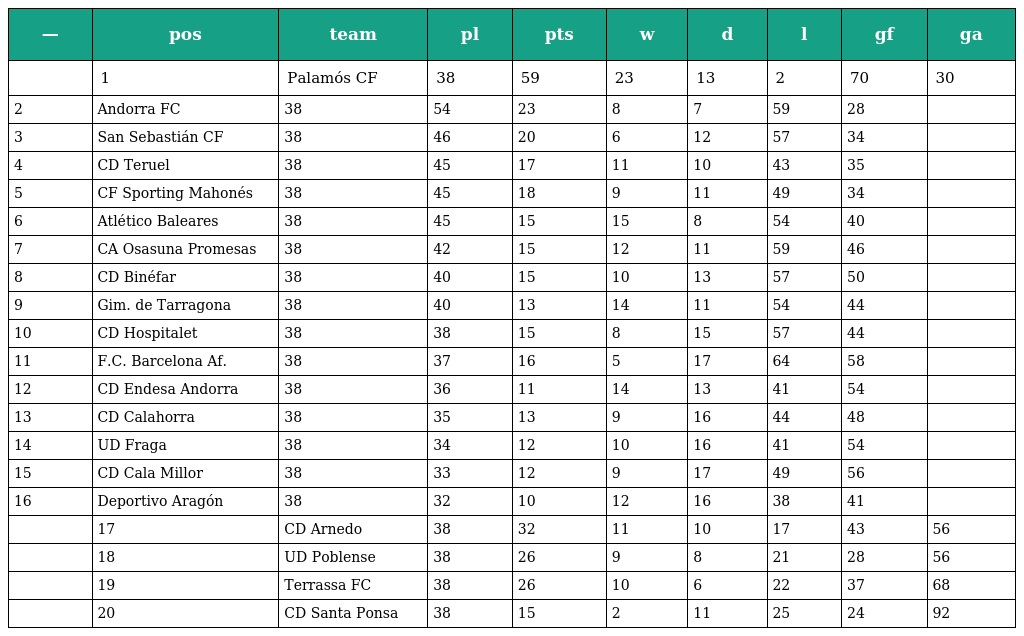
| — | pos | team | pl | pts | w | d | l | gf | ga |
 | --- | --- | --- | --- | --- | --- | --- | --- | --- | --- |
 |  | 1 | Palamós CF | 38 | 59 | 23 | 13 | 2 | 70 | 30 |
 | 2 | Andorra FC | 38 | 54 | 23 | 8 | 7 | 59 | 28 |  |
 | 3 | San Sebastián CF | 38 | 46 | 20 | 6 | 12 | 57 | 34 |  |
 | 4 | CD Teruel | 38 | 45 | 17 | 11 | 10 | 43 | 35 |  |
 | 5 | CF Sporting Mahonés | 38 | 45 | 18 | 9 | 11 | 49 | 34 |  |
 | 6 | Atlético Baleares | 38 | 45 | 15 | 15 | 8 | 54 | 40 |  |
 | 7 | CA Osasuna Promesas | 38 | 42 | 15 | 12 | 11 | 59 | 46 |  |
 | 8 | CD Binéfar | 38 | 40 | 15 | 10 | 13 | 57 | 50 |  |
 | 9 | Gim. de Tarragona | 38 | 40 | 13 | 14 | 11 | 54 | 44 |  |
 | 10 | CD Hospitalet | 38 | 38 | 15 | 8 | 15 | 57 | 44 |  |
 | 11 | F.C. Barcelona Af. | 38 | 37 | 16 | 5 | 17 | 64 | 58 |  |
 | 12 | CD Endesa Andorra | 38 | 36 | 11 | 14 | 13 | 41 | 54 |  |
 | 13 | CD Calahorra | 38 | 35 | 13 | 9 | 16 | 44 | 48 |  |
 | 14 | UD Fraga | 38 | 34 | 12 | 10 | 16 | 41 | 54 |  |
 | 15 | CD Cala Millor | 38 | 33 | 12 | 9 | 17 | 49 | 56 |  |
 | 16 | Deportivo Aragón | 38 | 32 | 10 | 12 | 16 | 38 | 41 |  |
 |  | 17 | CD Arnedo | 38 | 32 | 11 | 10 | 17 | 43 | 56 |
 |  | 18 | UD Poblense | 38 | 26 | 9 | 8 | 21 | 28 | 56 |
 |  | 19 | Terrassa FC | 38 | 26 | 10 | 6 | 22 | 37 | 68 |
 |  | 20 | CD Santa Ponsa | 38 | 15 | 2 | 11 | 25 | 24 | 92 |